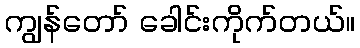
ကျွန်တော် ခေါင်းကိုက်တယ်။